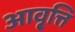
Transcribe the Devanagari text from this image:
आवृ्त्ति